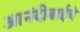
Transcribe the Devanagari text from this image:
आनंदीबाईचे